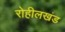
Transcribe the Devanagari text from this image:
रोहीलखंड